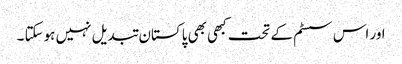
اور اس سسٹم کے تحت کبھی بھی پاکستان تبدیل نہیں ہوسکتا ۔